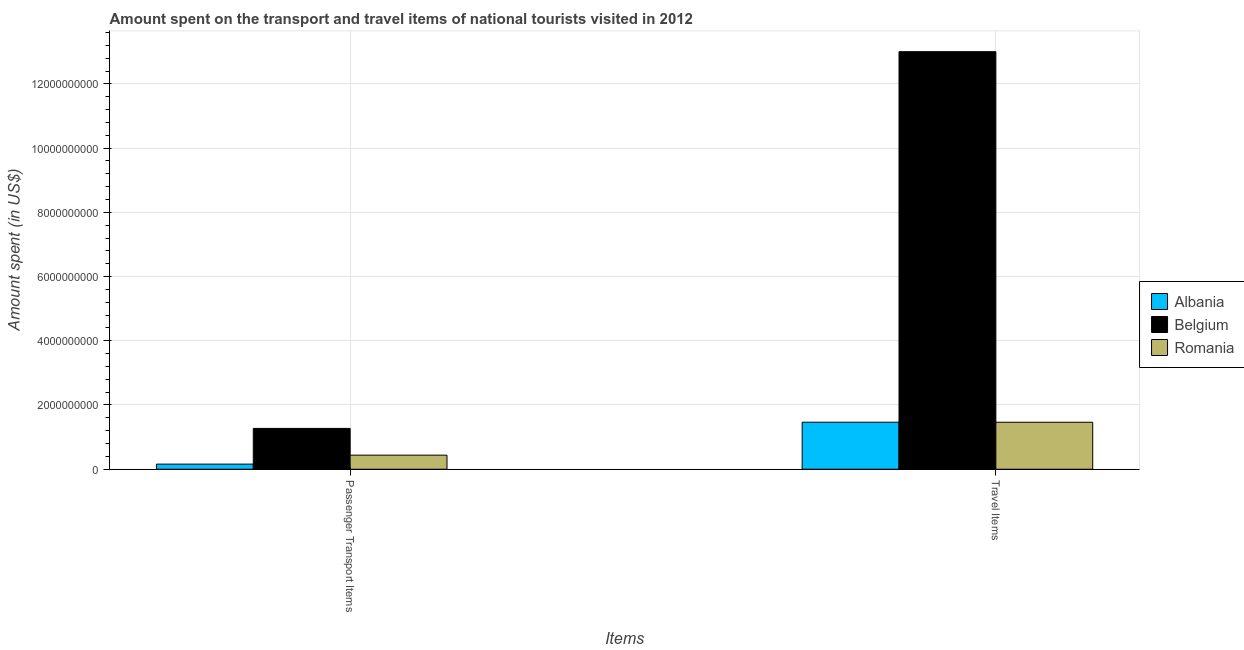
| Items | Albania | Belgium | Romania |
 | --- | --- | --- | --- |
 | Passenger Transport Items | 1.59e+08 | 1.27e+09 | 4.38e+08 |
 | Travel Items | 1.46e+09 | 1.3e+10 | 1.46e+09 |